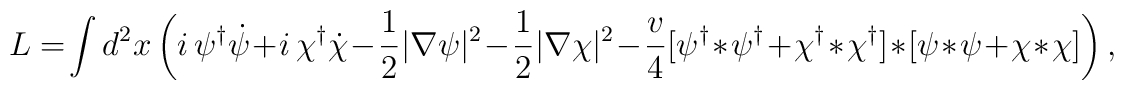
L=\!\int d^2x\left( i\,\psi^\dagger \dot\psi\! +\! i\,\chi^\dagger \dot\chi\!-\!{1\over 2}| \nabla\psi|^2\!-\!{1\over 2}| \nabla\chi|^2   \!-\!{v\over 4}[\psi^\dagger\! *\! \psi^\dagger \!+\!\chi^\dagger\! *\! \chi^\dagger]\!*\! \left[\psi\! *\! \psi\!+\! \chi\! *\! \chi\right]\right),